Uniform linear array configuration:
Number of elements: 32
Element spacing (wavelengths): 0.25
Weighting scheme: blackman
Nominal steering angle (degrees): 45
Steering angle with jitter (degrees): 43.028
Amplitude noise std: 0.05
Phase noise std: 0.05

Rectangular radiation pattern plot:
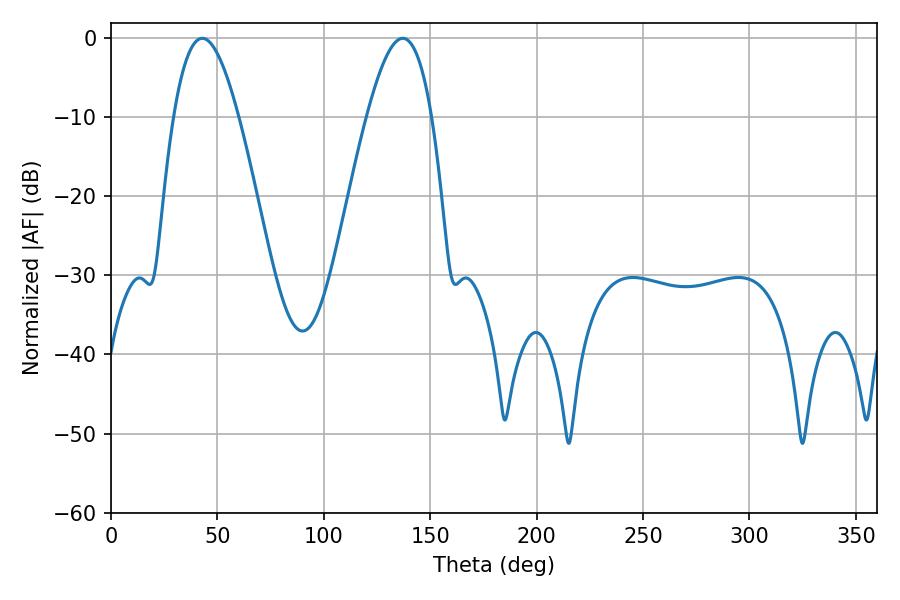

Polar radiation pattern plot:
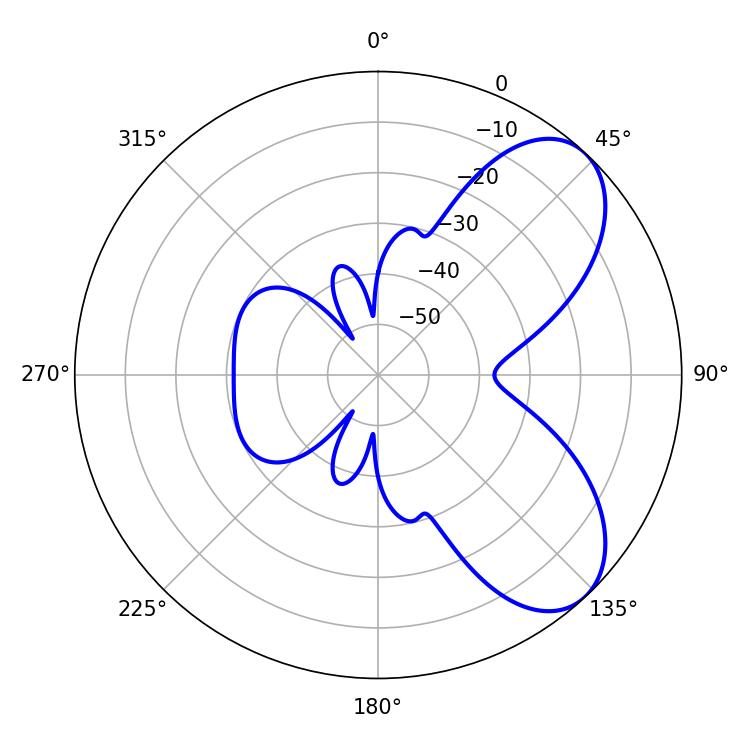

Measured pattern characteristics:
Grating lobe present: FALSE
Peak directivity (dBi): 6.665
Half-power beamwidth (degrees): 16.56
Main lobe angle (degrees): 42.84